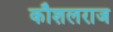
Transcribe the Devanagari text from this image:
कौशलराज